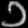
Digit: ၁